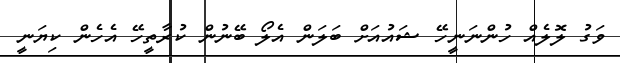
ވަގު ލޮލެއް ހުންނަނީހޭ ޝައުއަށް ބަލަން އެލޯ ބޭނުން ކުރާތީހޭ އެހެން ކިޔަނީ